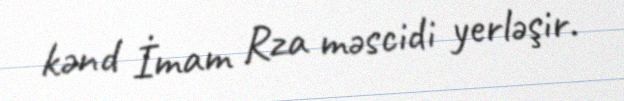
kənd İmam Rza məscidi yerləşir.